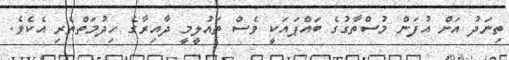
ތިނަދު އަށް އުފަން މުސްތާގުގެ ބައްޕައަކީ ވެސް ތައުލީމީ ދާއިރާގެ ހިދުމަތްތެރި އެކެވެ.